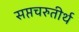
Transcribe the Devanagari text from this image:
सप्तचरुतीर्थ